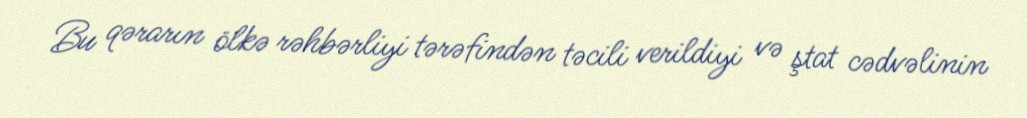
Bu qərarın ölkə rəhbərliyi tərəfindən təcili verildiyi və ştat cədvəlinin